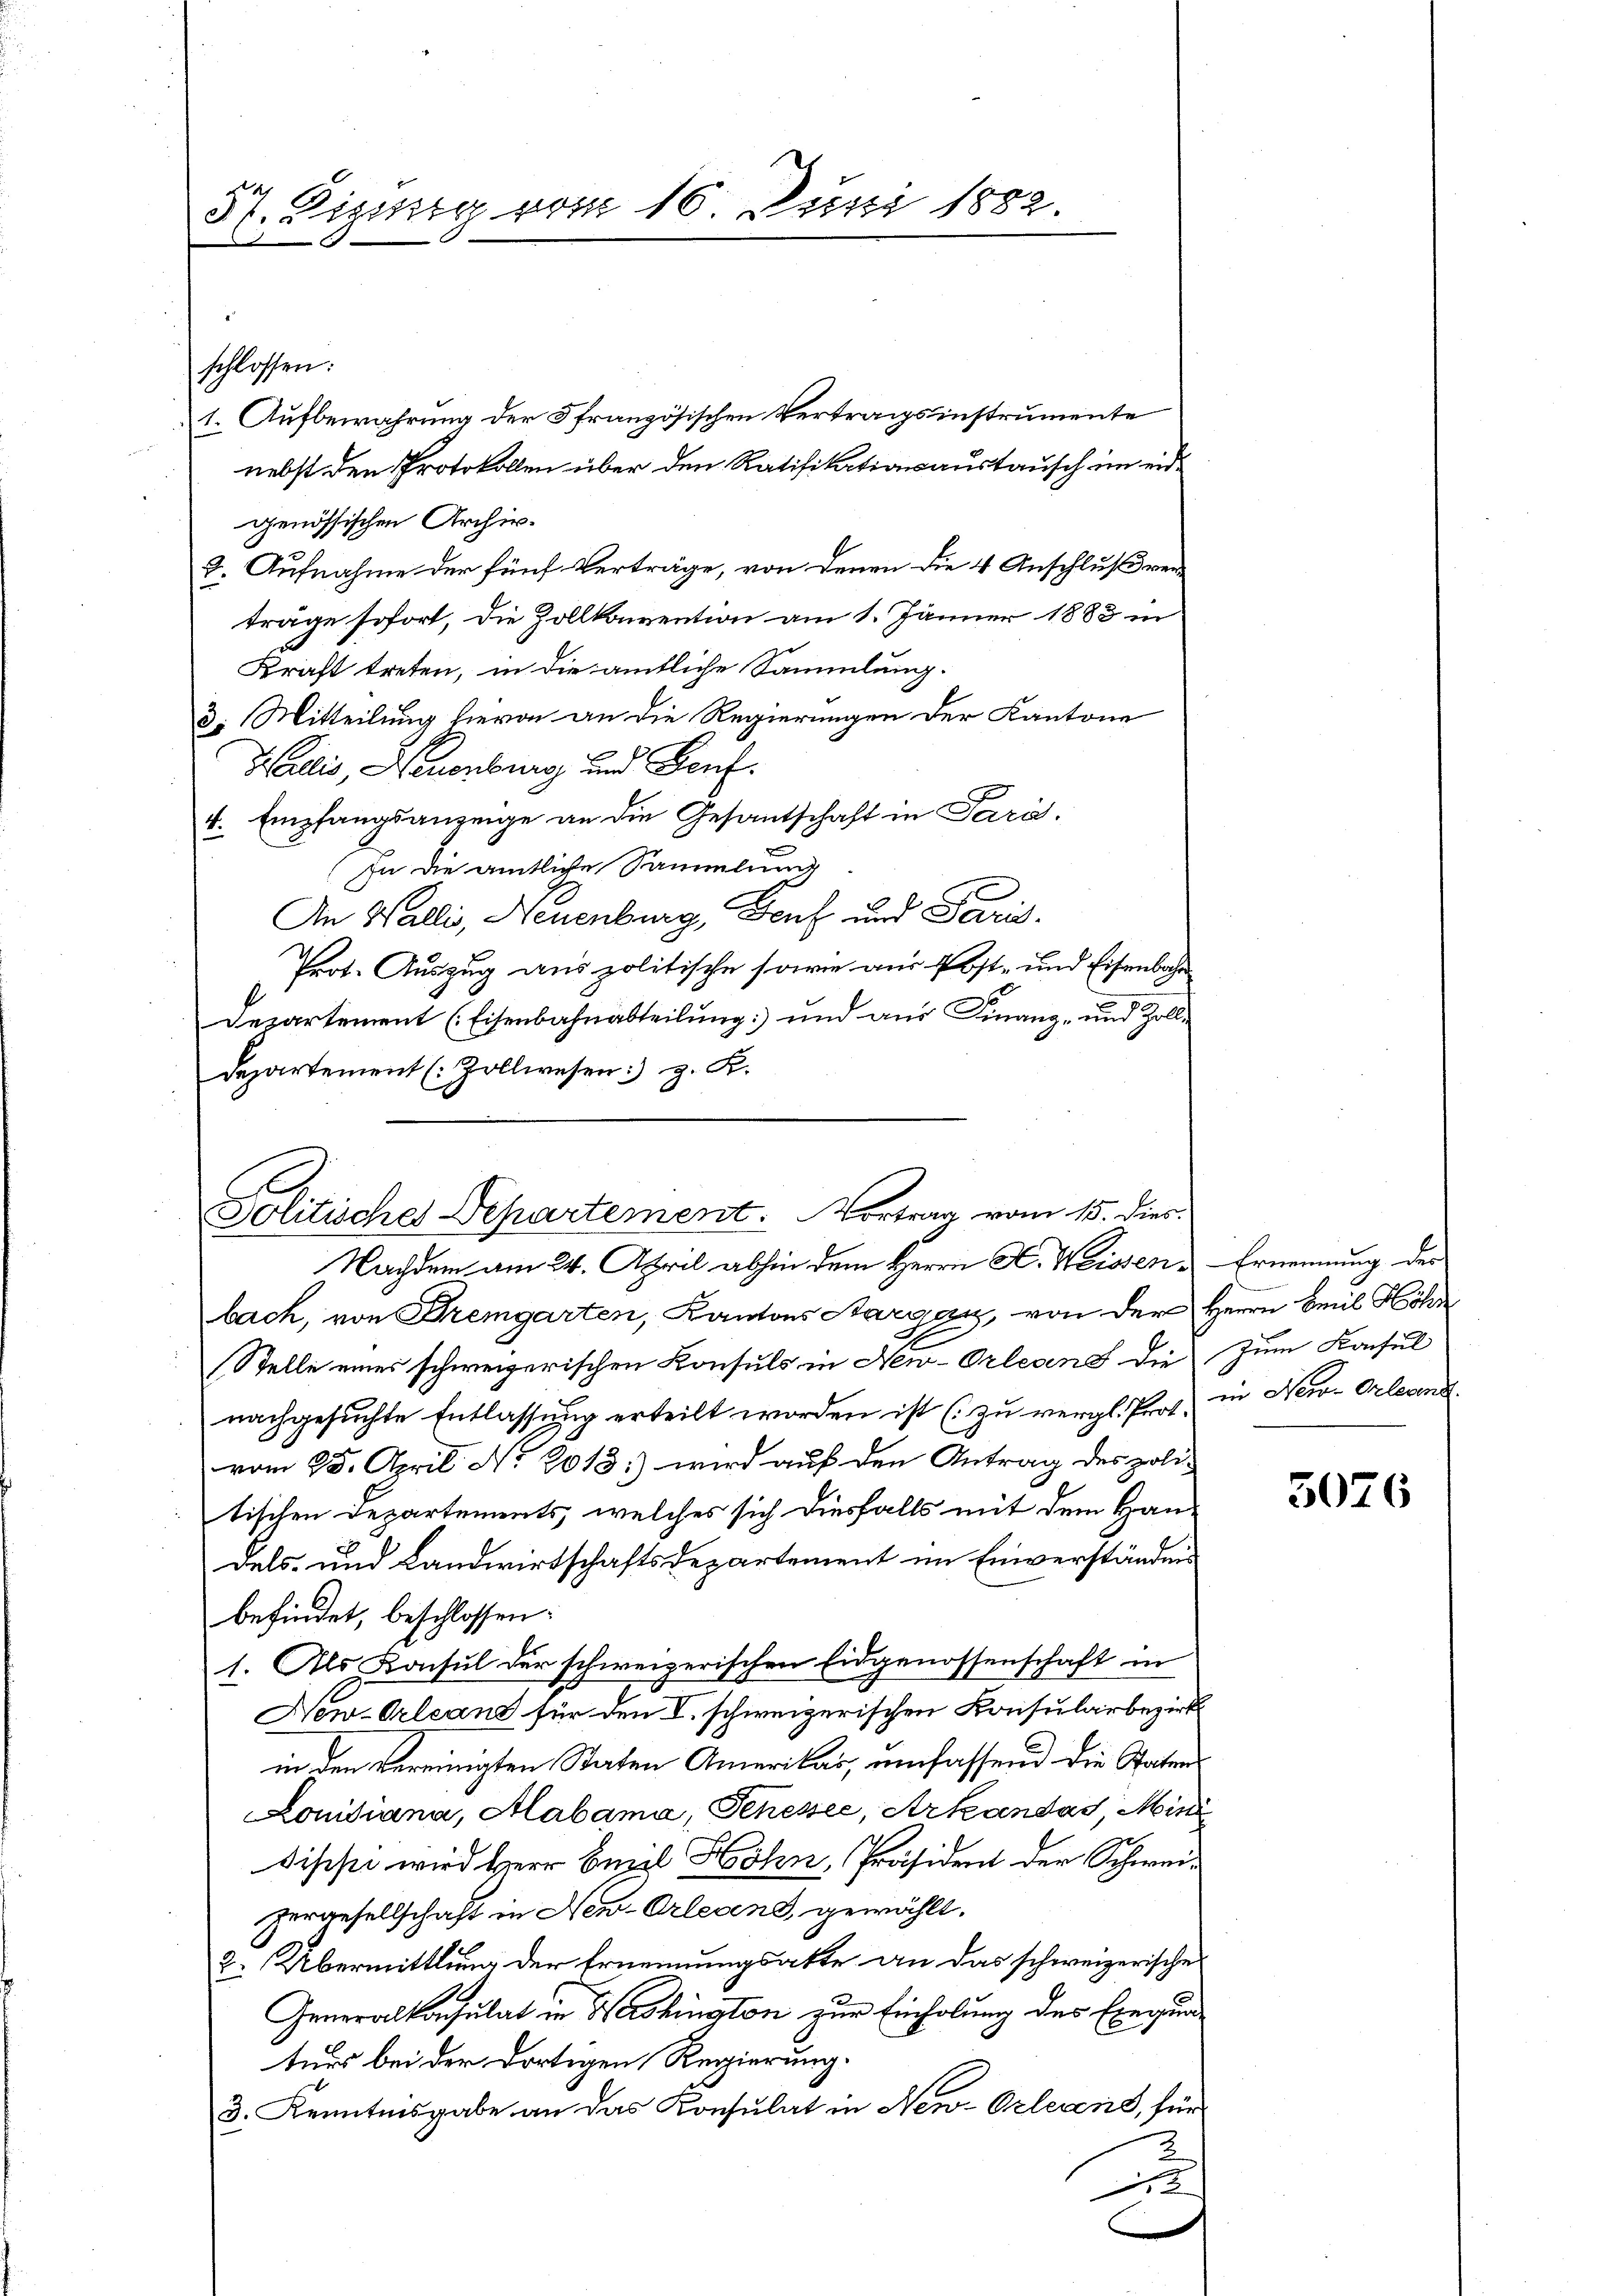
37. Digung vom 16. Juni 1882.

genössischen Archiv.
2. Aufnahme der fünf Verträge, von denen die 4 Anschluß verträge sofort, die Zollkonvention am 1. Jänner 1883 in
Kraft treten, in die amtliche Sammlung.
3. Mitteilung hievon an die Regierungen der Kantone
Wallis, Neuenburg und Genf.
4 Empfangsanzeige an die Gesantschaft in Para.
.
In die amtliche Sammlung
An Walli, Neuenburg, Genf und Paris.
Prot. Auszug aus politische sowie aus Post- und Eisenbahr
Departement (Eisenbahnabteilung und aus Finanz- und Zolldepartement (: Zollwesen:) z. K.

schlossen:

1. Aufbewahrung der 5 französischen Vertragsinstrumente
nebst den Protokollen über den Ratifikationsaustausch im eid¬

.
Jolitisches Departement. Vortrag vom 15. dies
Nachdem am 24. April abhin dem Herrn H. Weissen, Ernennung des

bach, von Bremgarten, Kantons Aargau, von der Herrn Breil Höhe
(Stelle eines schweizerischen Konsuls in New-Orleand die zum Konsul
nachgesuchte Entlassung erteilt worden ist (zu vergl. Prot. in New-Orleand
vom 25. April No 2013.) wird auf den Antrag des poli-
tischen Departements, welches sich diesfalls mit dem Han-
dels- und Landwirtschaftsdepartement im Einverständnis
befindet, beschlossen:
1. Als Konsul der schweizerischen Eidgenossenschaft in
New-Orleand für den V. schweizerischen Konsularbezirk
in den vereinigten Staten Amerikas, umfassend die Staten
Lonidiana, Mabama, Schessee, Arkandas, Min
dische wird Herr Emil Sohn, Präsident der Schweizergesellschaft in New-Orleans, gewählt.
2. Übermittlung der Ernennungsakte an das schweizerisches
Generalkonsulat in Weishington zur Einholung des Exegung
turs bei der dortigen Regierung.
3. Kenntnisgabe an das Konsulat in New-Orlesens, für
u

3076